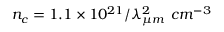
n _ { c } = 1 . 1 \times 1 0 ^ { 2 1 } / \lambda _ { \mu m } ^ { 2 } ~ c m ^ { - 3 }